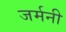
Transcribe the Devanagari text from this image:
जर्मनी